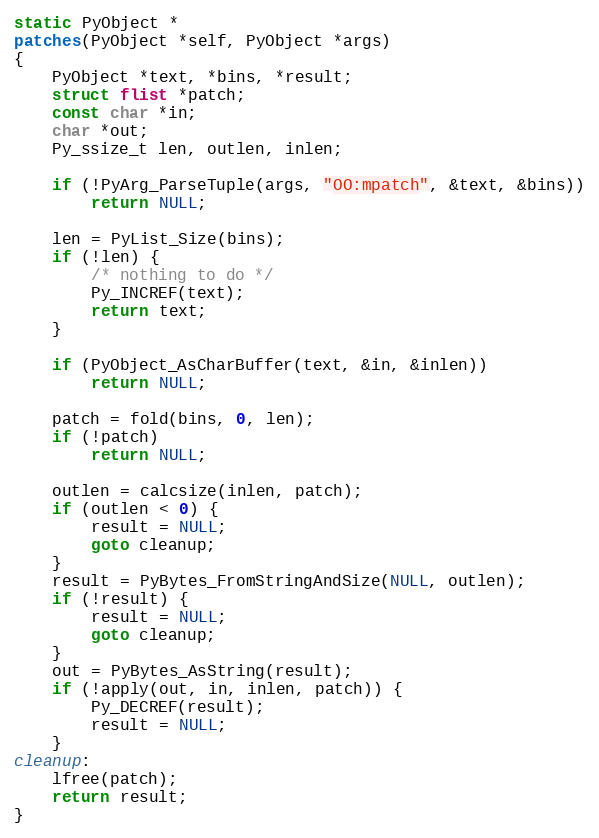
Language: C
static PyObject *
patches(PyObject *self, PyObject *args)
{
	PyObject *text, *bins, *result;
	struct flist *patch;
	const char *in;
	char *out;
	Py_ssize_t len, outlen, inlen;

	if (!PyArg_ParseTuple(args, "OO:mpatch", &text, &bins))
		return NULL;

	len = PyList_Size(bins);
	if (!len) {
		/* nothing to do */
		Py_INCREF(text);
		return text;
	}

	if (PyObject_AsCharBuffer(text, &in, &inlen))
		return NULL;

	patch = fold(bins, 0, len);
	if (!patch)
		return NULL;

	outlen = calcsize(inlen, patch);
	if (outlen < 0) {
		result = NULL;
		goto cleanup;
	}
	result = PyBytes_FromStringAndSize(NULL, outlen);
	if (!result) {
		result = NULL;
		goto cleanup;
	}
	out = PyBytes_AsString(result);
	if (!apply(out, in, inlen, patch)) {
		Py_DECREF(result);
		result = NULL;
	}
cleanup:
	lfree(patch);
	return result;
}